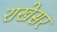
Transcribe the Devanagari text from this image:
राखेसर